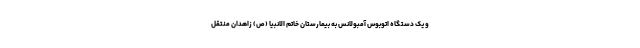
و یک دستگاه اتوبوس آمبولانس به بیمارستان خاتم الانبیا (ص) زاهدان منتقل